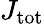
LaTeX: J_{\mathrm{tot}}